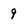
Character: 9